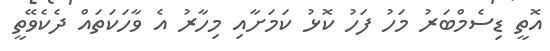
އޮތީ ޑިސެމްބަރު މަހު ފަހު ކޮޅު ކަމަށާއި މިހާރު އެ ވާހަކަތައް ދެކެވޭތީ